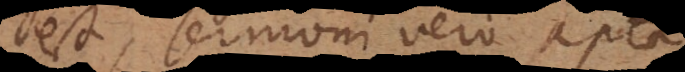
est, sermoni vero apta